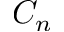
C _ { n }